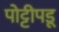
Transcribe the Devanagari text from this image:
पोट्टीपडू